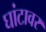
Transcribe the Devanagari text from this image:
घांटावर